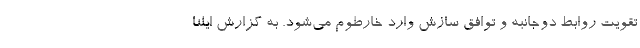
تقویت روابط دو‌جانبه و توافق سازش وارد خارطوم می‌شود. به گزارش ایلنا